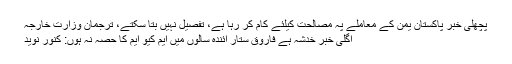
پچھلی خبر پاکستان یمن کے معاملے پہ مصالحت کیلئے کام کر رہا ہے، تفصیل نہیں بتا سکتے، ترجمان وزارت خارجہ
اگلی خبر خدشہ ہے فاروق ستار آئندہ سالوں میں ایم کیو ایم کا حصہ نہ ہوں: کنور نوید